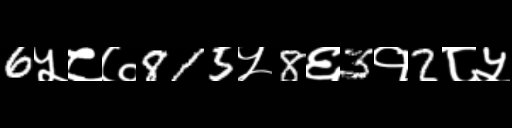
Text: 6५८७815५8६3१2८५